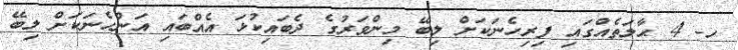
ހ- 4 ޙާލަތެއްގައި ފިރިހެނަކަށް ލިބޭ މިންވަރުގެ ދެބައިކުޅަ އެއްބައި އަންހެނަކަށް ލިބޭ